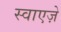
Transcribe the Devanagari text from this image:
स्वाएज़े